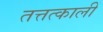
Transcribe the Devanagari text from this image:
तत्तत्कालीं